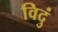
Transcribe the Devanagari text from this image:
विदुं